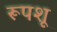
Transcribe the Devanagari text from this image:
रूपशू